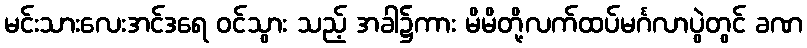
မင်းသားလေးအင်ဒရေ ဝင်သွား သည့် အခါ၌ကား မိမိတို့လက်ထပ်မင်္ဂလာပွဲတွင် ခဏ